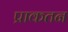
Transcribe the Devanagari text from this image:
प्राकतन